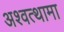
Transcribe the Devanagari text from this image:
अश्‍वत्थामा